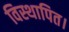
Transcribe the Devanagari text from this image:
विस्थापित।